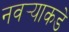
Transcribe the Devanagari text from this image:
नवर्‍याकडे